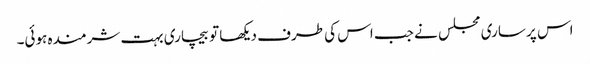
اس پر ساری مجلس نے جب اس کی طرف دیکھا تو بیچاری بہت شرمندہ ہوئی۔